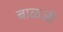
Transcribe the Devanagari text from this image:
बाळजी